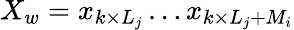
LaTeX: X_{w}=x_{k\times L_{j}}\dots x_{k\times L_{j}+M_{i}}